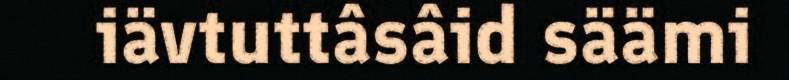
iävtuttâsâid säämi